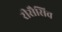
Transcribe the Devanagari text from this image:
रीसैसिव